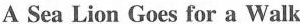
A Sea Lion Goes for a Walk What